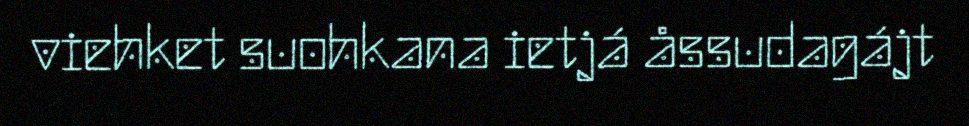
viehket suohkana ietjá åssudagájt